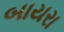
બાયરા